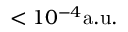
< 1 0 ^ { - 4 } \mathrm { a . u . }